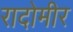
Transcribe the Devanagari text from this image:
रादोमीर